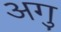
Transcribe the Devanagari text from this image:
अगु